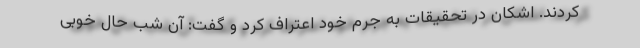
کردند. اشکان در تحقیقات به جرم خود اعتراف کرد و گفت: آن شب حال خوبی